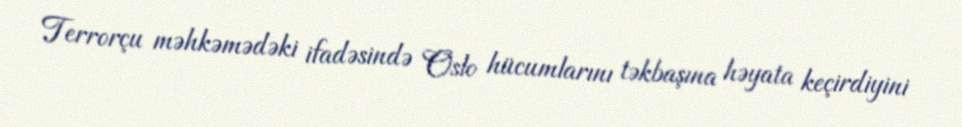
Terrorçu məhkəmədəki ifadəsində Oslo hücumlarını təkbaşına həyata keçirdiyini